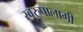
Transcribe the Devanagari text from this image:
स्वरुपालागी